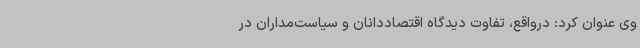
وی عنوان کرد: درواقع، تفاوت دیدگاه اقتصاددانان و سیاست‌مداران در